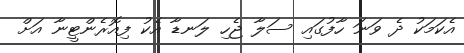
އެކަމަކު ދެ ވަނަ ހާފުގައި ސަލާ ޖެހި ލަނޑާ އެކު ފިއޮރެންޓީނާ އަށް